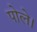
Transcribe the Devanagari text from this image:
पोले।